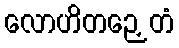
လောဟိတဉှေတံ